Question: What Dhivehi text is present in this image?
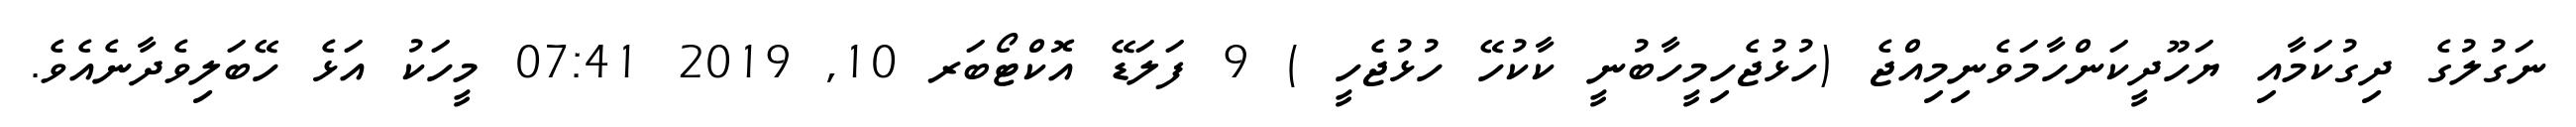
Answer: ނަގުލުގެ ދިގުކަމާއި ޔަހޫދީކަންހާމަވެނިމިއްޖެ (ހުޅުޖެހިމީހާބުނީ ކާކުހޭ ހުޅުޖެހީ ) 9 ފަލަޑޭ އޮކްޓޯބަރ 10, 2019 07:41 މީހަކު އަޅެ ހޭބަލިވެދާނެއެވެ.